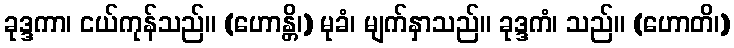
ခုဒ္ဒကာ၊ ငယ်ကုန်သည်။ (ဟောန္တိ၊) မုခံ၊ မျက်နှာသည်။ ခုဒ္ဒကံ၊ သည်။ (ဟောတိ၊)